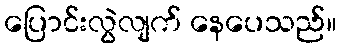
ပြောင်းလွဲလျက် နေပေသည်။